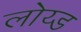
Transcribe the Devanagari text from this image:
लोय्ड